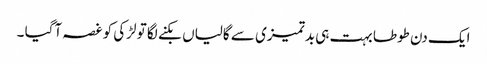
ایک دن طوطا بہت ہی بدتمیزی سے گالیاں بکنے لگا تو لڑکی کو غصہ آگیا ۔